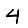
Digit: 4